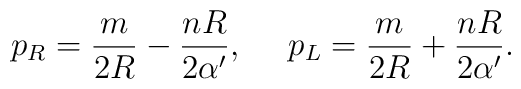
p_{R}={m\over{2R}}-{{nR}\over{2\alpha^{\prime}}}, \ \ \ \ p_{L}={m\over{2R}}+{{nR}\over{2\alpha^{\prime}}}.